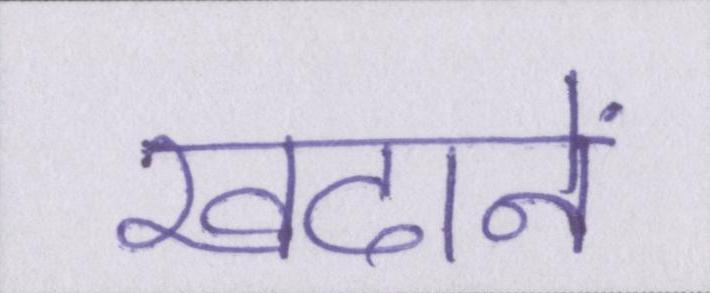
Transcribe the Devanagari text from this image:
खदानें